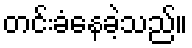
တင်းခံနေခဲ့သည်။